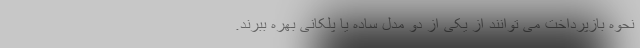
نحوه بازپرداخت می توانند از یکی از دو مدل ساده یا پلکانی بهره ببرند.